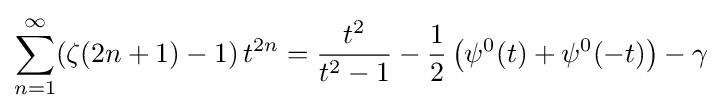
\sum _{n=1}^{\infty }(\zeta (2n+1)-1)\,t^{2n}={\frac {t^{2}}{t^{2}-1}}-{\frac {1}{2}}\left(\psi ^{0}(t)+\psi ^{0}(-t)\right)-\gamma